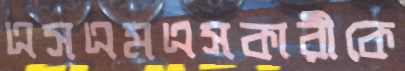
এসএমএসকারীকে